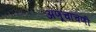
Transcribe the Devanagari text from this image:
अणूचाचणी